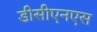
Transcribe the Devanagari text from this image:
डीसीएनएस